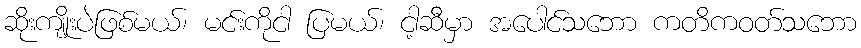
ဆိုးကျိုးပဲဖြစ်မယ်၊ မင်းကိုငါ ပြမယ်၊ ငါ့ဆီမှာ အပေါင်သဘော ကတိကဝတ်သဘော